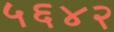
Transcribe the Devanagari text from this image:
५६४२